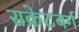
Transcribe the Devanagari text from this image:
सक्रेटबर्ग